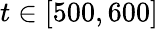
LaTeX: t\in[500,600]